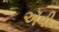
ઍવી